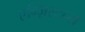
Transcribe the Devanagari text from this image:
एग्ज़िस्टन्स